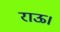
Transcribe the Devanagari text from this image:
राऊ।